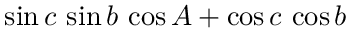
\sin c \, \sin b \, \cos A + \cos c \, \cos b